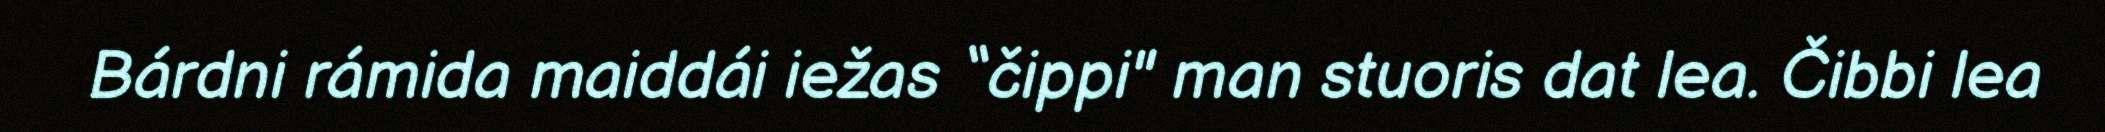
Bárdni rámida maiddái iežas “čippi" man stuoris dat lea. Čibbi lea